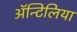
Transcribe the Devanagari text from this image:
अॅन्टिलिया